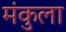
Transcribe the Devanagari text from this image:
मंकुला